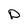
Character: p